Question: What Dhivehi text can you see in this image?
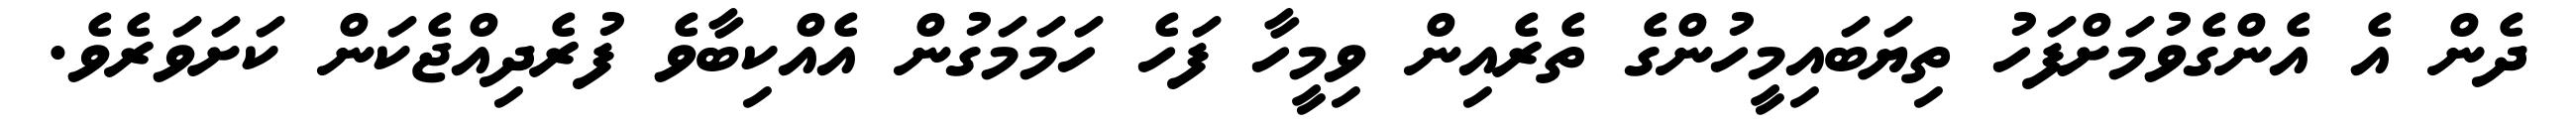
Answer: ދެން އެ އެންގެވުމަށްފަހު ތިޔަބައިމީހުންގެ ތެރެއިން ވިމީހާ ފަހެ ހަމަމަގުން އެއްކިބާވެ ފުރެދިއްޖެކަން ކަށަވަރެވެ.